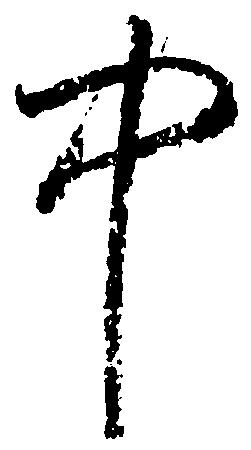
中